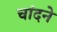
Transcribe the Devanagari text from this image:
चांदने